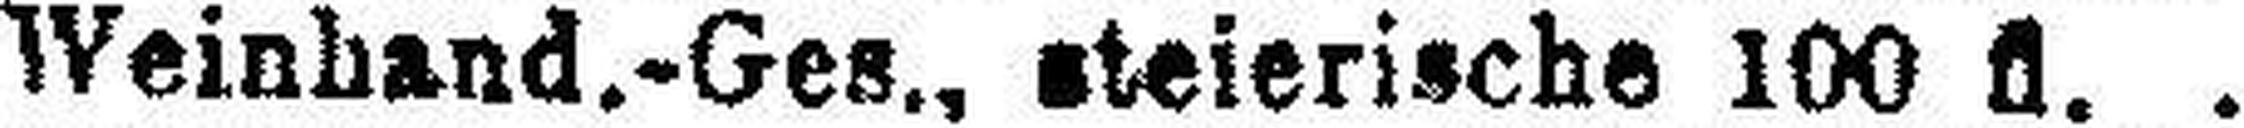
Weinhand.-Ges., steierische 100 fl.